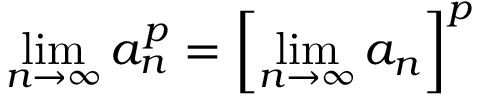
\operatorname* { l i m } _ { n \to \infty } a _ { n } ^ { p } = \left[ \operatorname* { l i m } _ { n \to \infty } a _ { n } \right] ^ { p }